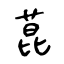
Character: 菎